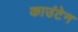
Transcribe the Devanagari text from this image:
काउंटेन